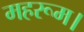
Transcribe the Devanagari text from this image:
महरूम।